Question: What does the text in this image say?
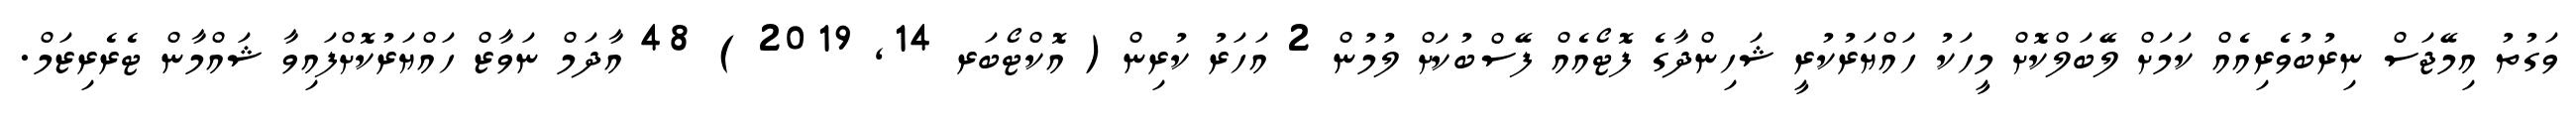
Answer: ވަގުތު އިމޭޖަސް ނިރުބުވެރިއެއް ކަމަށް ލޭބަލްކޮށް މީހަކު ހައްޔަރުކުރީ ޝަހިންދާގެ ފޮޓޯއެއް ފޭސްބުކަށް ލުމުން 2 އަހަރު ކުރިން ( އޮކްޓޯބަރ 14, 2019 ) 48 އާދަމް ނަވާޒް ހައްޔަރުކޮށްފައިވާ ޝައްމާން ޓެރެރިޒަމް.